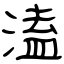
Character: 溘